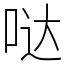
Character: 哒